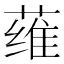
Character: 𮶳